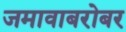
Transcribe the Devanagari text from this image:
जमावाबरोबर